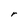
Character: r